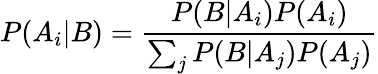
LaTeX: P(A_{i}|B)={\frac{P(B|A_{i})P(A_{i})}{\sum_{j}{P(B|A_{j})P(A_{j})}}}